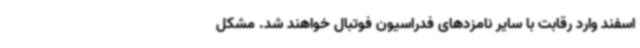
اسفند وارد رقابت با سایر نامزدهای فدراسیون فوتبال خواهند شد. مشکل